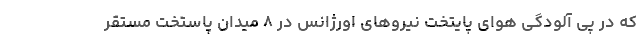
که در پی آلودگی هوای پایتخت نیروهای اورژانس در ۸ میدان پاستخت مستقر